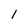
Character: I